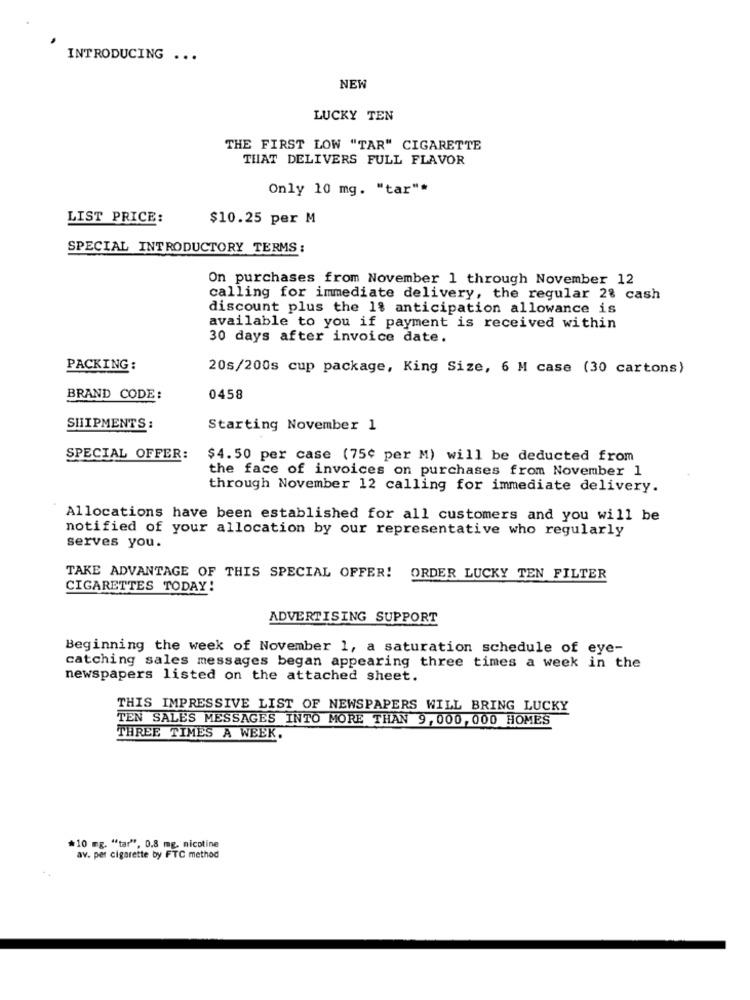
INTRODUCING ...
NEW
LUCKY TEN
THE FIRST LOW "TAR" CIGARETTE
THAT DELIVERS FULL FLAVOR
Only 10 mg. "tar"*
LIST PRICE:
$10.25 per M
SPECIAL INTRODUCTORY TERMS;
On purchases from November 1 through November 12
calling for immediate delivery, the regular 2% cash
discount plus the 18 anticipation allowance is
available to you if payment is received within
30 days after invoice date.
PACKING :
20s/200s cup package, King Size, 6 M case (30 cartons)
BRAND CODE:
0458
SHIPMENTS :
Starting November 1
SPECIAL OFFER:
$4.50 per case (75¢ per M) will be deducted from
the face of invoices on purchases from November 1
through November 12 calling for immediate delivery.
Allocations have been established for all customers and you will be
notified of your allocation by our representative who regularly
serves you.
TAKE ADVANTAGE OF THIS SPECIAL OFFER!
ORDER LUCKY TEN FILTER
CIGARETTES TODAY!
ADVERTISING SUPPORT
Beginning the week of November 1, a saturation schedule of eye-
catching sales messages began appearing three times a week in the
newspapers listed on the attached sheet.
THIS IMPRESSIVE LIST OF NEWSPAPERS WILL BRING LUCKY
TEN SALES MESSAGES INTO MORE THAN 9,000, 000 HOMES
THREE TIMES A WEEK.
*10 mg. "tar", 0.8 mg. nicotine
av. per cigarette by FTC method